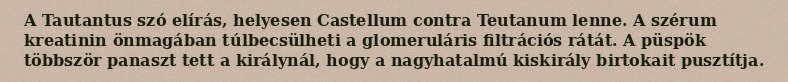
A Tautantus szó elírás, helyesen Castellum contra Teutanum lenne. A szérum kreatinin önmagában túlbecsülheti a glomeruláris filtrációs rátát. A püspök többször panaszt tett a királynál, hogy a nagyhatalmú kiskirály birtokait pusztítja.